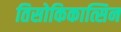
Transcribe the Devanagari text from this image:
तिसोकिकात्सिन